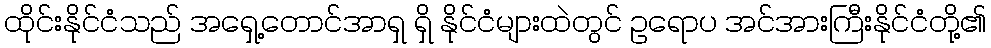
ထိုင်းနိုင်ငံသည် အရှေ့တောင်အာရှ ရှိ နိုင်ငံများထဲတွင် ဥရောပ အင်အားကြီးနိုင်ငံတို့၏